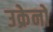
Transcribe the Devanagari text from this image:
उक्रेनो